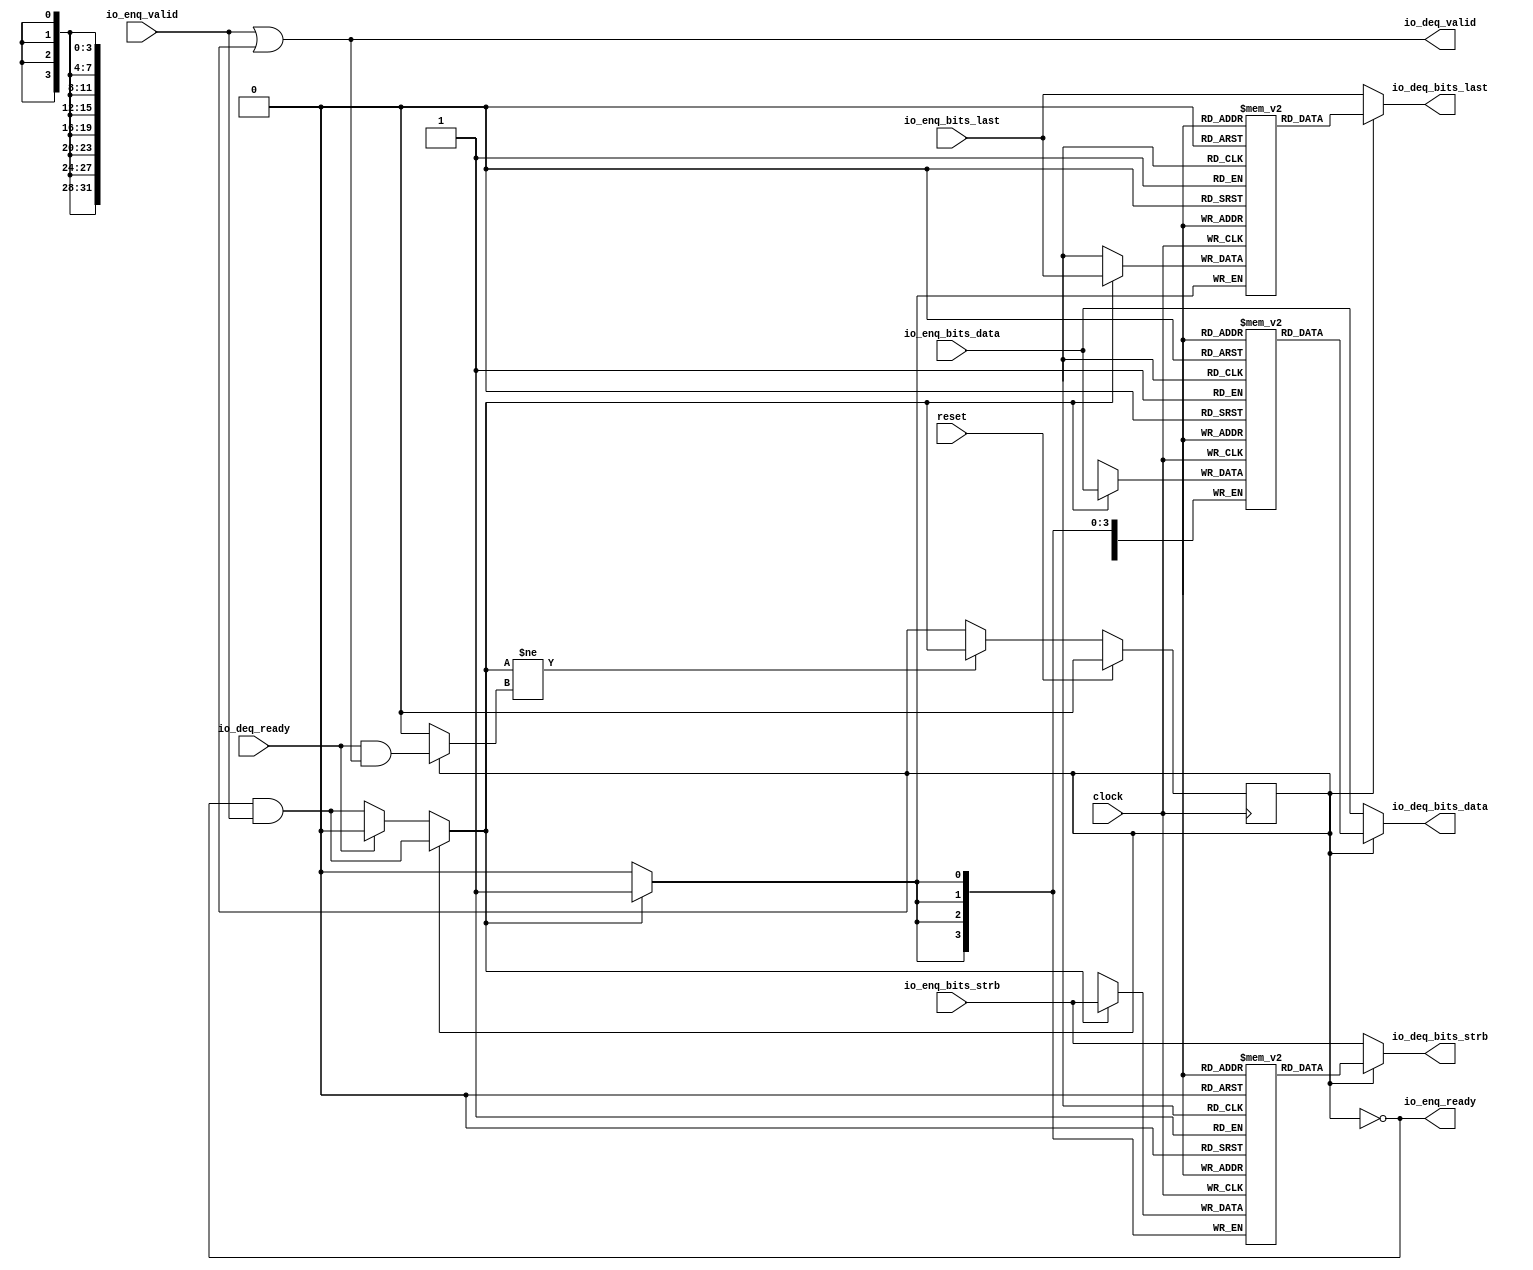
module Queue_10( // @[:freechips.rocketchip.system.DefaultRV32Config.fir@26648.2]
  input         clock, // @[:freechips.rocketchip.system.DefaultRV32Config.fir@26649.4]
  input         reset, // @[:freechips.rocketchip.system.DefaultRV32Config.fir@26650.4]
  output        io_enq_ready, // @[:freechips.rocketchip.system.DefaultRV32Config.fir@26651.4]
  input         io_enq_valid, // @[:freechips.rocketchip.system.DefaultRV32Config.fir@26651.4]
  input  [31:0] io_enq_bits_data, // @[:freechips.rocketchip.system.DefaultRV32Config.fir@26651.4]
  input  [3:0]  io_enq_bits_strb, // @[:freechips.rocketchip.system.DefaultRV32Config.fir@26651.4]
  input         io_enq_bits_last, // @[:freechips.rocketchip.system.DefaultRV32Config.fir@26651.4]
  input         io_deq_ready, // @[:freechips.rocketchip.system.DefaultRV32Config.fir@26651.4]
  output        io_deq_valid, // @[:freechips.rocketchip.system.DefaultRV32Config.fir@26651.4]
  output [31:0] io_deq_bits_data, // @[:freechips.rocketchip.system.DefaultRV32Config.fir@26651.4]
  output [3:0]  io_deq_bits_strb, // @[:freechips.rocketchip.system.DefaultRV32Config.fir@26651.4]
  output        io_deq_bits_last // @[:freechips.rocketchip.system.DefaultRV32Config.fir@26651.4]
);
`ifdef RANDOMIZE_MEM_INIT
  reg [31:0] _RAND_0;
  reg [31:0] _RAND_1;
  reg [31:0] _RAND_2;
`endif // RANDOMIZE_MEM_INIT
`ifdef RANDOMIZE_REG_INIT
  reg [31:0] _RAND_3;
`endif // RANDOMIZE_REG_INIT
  reg [31:0] ram_data [0:0]; // @[Decoupled.scala 209:16:freechips.rocketchip.system.DefaultRV32Config.fir@26653.4]
  wire [31:0] ram_data__T_7_data; // @[Decoupled.scala 209:16:freechips.rocketchip.system.DefaultRV32Config.fir@26653.4]
  wire  ram_data__T_7_addr; // @[Decoupled.scala 209:16:freechips.rocketchip.system.DefaultRV32Config.fir@26653.4]
  wire [31:0] ram_data__T_3_data; // @[Decoupled.scala 209:16:freechips.rocketchip.system.DefaultRV32Config.fir@26653.4]
  wire  ram_data__T_3_addr; // @[Decoupled.scala 209:16:freechips.rocketchip.system.DefaultRV32Config.fir@26653.4]
  wire  ram_data__T_3_mask; // @[Decoupled.scala 209:16:freechips.rocketchip.system.DefaultRV32Config.fir@26653.4]
  wire  ram_data__T_3_en; // @[Decoupled.scala 209:16:freechips.rocketchip.system.DefaultRV32Config.fir@26653.4]
  reg [3:0] ram_strb [0:0]; // @[Decoupled.scala 209:16:freechips.rocketchip.system.DefaultRV32Config.fir@26653.4]
  wire [3:0] ram_strb__T_7_data; // @[Decoupled.scala 209:16:freechips.rocketchip.system.DefaultRV32Config.fir@26653.4]
  wire  ram_strb__T_7_addr; // @[Decoupled.scala 209:16:freechips.rocketchip.system.DefaultRV32Config.fir@26653.4]
  wire [3:0] ram_strb__T_3_data; // @[Decoupled.scala 209:16:freechips.rocketchip.system.DefaultRV32Config.fir@26653.4]
  wire  ram_strb__T_3_addr; // @[Decoupled.scala 209:16:freechips.rocketchip.system.DefaultRV32Config.fir@26653.4]
  wire  ram_strb__T_3_mask; // @[Decoupled.scala 209:16:freechips.rocketchip.system.DefaultRV32Config.fir@26653.4]
  wire  ram_strb__T_3_en; // @[Decoupled.scala 209:16:freechips.rocketchip.system.DefaultRV32Config.fir@26653.4]
  reg  ram_last [0:0]; // @[Decoupled.scala 209:16:freechips.rocketchip.system.DefaultRV32Config.fir@26653.4]
  wire  ram_last__T_7_data; // @[Decoupled.scala 209:16:freechips.rocketchip.system.DefaultRV32Config.fir@26653.4]
  wire  ram_last__T_7_addr; // @[Decoupled.scala 209:16:freechips.rocketchip.system.DefaultRV32Config.fir@26653.4]
  wire  ram_last__T_3_data; // @[Decoupled.scala 209:16:freechips.rocketchip.system.DefaultRV32Config.fir@26653.4]
  wire  ram_last__T_3_addr; // @[Decoupled.scala 209:16:freechips.rocketchip.system.DefaultRV32Config.fir@26653.4]
  wire  ram_last__T_3_mask; // @[Decoupled.scala 209:16:freechips.rocketchip.system.DefaultRV32Config.fir@26653.4]
  wire  ram_last__T_3_en; // @[Decoupled.scala 209:16:freechips.rocketchip.system.DefaultRV32Config.fir@26653.4]
  reg  maybe_full; // @[Decoupled.scala 212:27:freechips.rocketchip.system.DefaultRV32Config.fir@26654.4]
  wire  empty; // @[Decoupled.scala 215:28:freechips.rocketchip.system.DefaultRV32Config.fir@26656.4]
  wire  _T_1; // @[Decoupled.scala 40:37:freechips.rocketchip.system.DefaultRV32Config.fir@26659.4]
  wire  _T_2; // @[Decoupled.scala 40:37:freechips.rocketchip.system.DefaultRV32Config.fir@26662.4]
  wire  _GEN_9; // @[Decoupled.scala 240:27:freechips.rocketchip.system.DefaultRV32Config.fir@26693.6]
  wire  do_enq; // @[Decoupled.scala 237:18:freechips.rocketchip.system.DefaultRV32Config.fir@26688.4]
  wire  do_deq; // @[Decoupled.scala 237:18:freechips.rocketchip.system.DefaultRV32Config.fir@26688.4]
  wire  _T_4; // @[Decoupled.scala 227:16:freechips.rocketchip.system.DefaultRV32Config.fir@26673.4]
  wire  _T_5; // @[Decoupled.scala 231:19:freechips.rocketchip.system.DefaultRV32Config.fir@26677.4]
  assign ram_data__T_7_addr = 1'h0;
  assign ram_data__T_7_data = ram_data[ram_data__T_7_addr]; // @[Decoupled.scala 209:16:freechips.rocketchip.system.DefaultRV32Config.fir@26653.4]
  assign ram_data__T_3_data = io_enq_bits_data;
  assign ram_data__T_3_addr = 1'h0;
  assign ram_data__T_3_mask = 1'h1;
  assign ram_data__T_3_en = empty ? _GEN_9 : _T_1;
  assign ram_strb__T_7_addr = 1'h0;
  assign ram_strb__T_7_data = ram_strb[ram_strb__T_7_addr]; // @[Decoupled.scala 209:16:freechips.rocketchip.system.DefaultRV32Config.fir@26653.4]
  assign ram_strb__T_3_data = io_enq_bits_strb;
  assign ram_strb__T_3_addr = 1'h0;
  assign ram_strb__T_3_mask = 1'h1;
  assign ram_strb__T_3_en = empty ? _GEN_9 : _T_1;
  assign ram_last__T_7_addr = 1'h0;
  assign ram_last__T_7_data = ram_last[ram_last__T_7_addr]; // @[Decoupled.scala 209:16:freechips.rocketchip.system.DefaultRV32Config.fir@26653.4]
  assign ram_last__T_3_data = io_enq_bits_last;
  assign ram_last__T_3_addr = 1'h0;
  assign ram_last__T_3_mask = 1'h1;
  assign ram_last__T_3_en = empty ? _GEN_9 : _T_1;
  assign empty = ~maybe_full; // @[Decoupled.scala 215:28:freechips.rocketchip.system.DefaultRV32Config.fir@26656.4]
  assign _T_1 = io_enq_ready & io_enq_valid; // @[Decoupled.scala 40:37:freechips.rocketchip.system.DefaultRV32Config.fir@26659.4]
  assign _T_2 = io_deq_ready & io_deq_valid; // @[Decoupled.scala 40:37:freechips.rocketchip.system.DefaultRV32Config.fir@26662.4]
  assign _GEN_9 = io_deq_ready ? 1'h0 : _T_1; // @[Decoupled.scala 240:27:freechips.rocketchip.system.DefaultRV32Config.fir@26693.6]
  assign do_enq = empty ? _GEN_9 : _T_1; // @[Decoupled.scala 237:18:freechips.rocketchip.system.DefaultRV32Config.fir@26688.4]
  assign do_deq = empty ? 1'h0 : _T_2; // @[Decoupled.scala 237:18:freechips.rocketchip.system.DefaultRV32Config.fir@26688.4]
  assign _T_4 = do_enq != do_deq; // @[Decoupled.scala 227:16:freechips.rocketchip.system.DefaultRV32Config.fir@26673.4]
  assign _T_5 = ~empty; // @[Decoupled.scala 231:19:freechips.rocketchip.system.DefaultRV32Config.fir@26677.4]
  assign io_enq_ready = ~maybe_full; // @[Decoupled.scala 232:16:freechips.rocketchip.system.DefaultRV32Config.fir@26680.4]
  assign io_deq_valid = io_enq_valid | _T_5; // @[Decoupled.scala 231:16:freechips.rocketchip.system.DefaultRV32Config.fir@26678.4 Decoupled.scala 236:40:freechips.rocketchip.system.DefaultRV32Config.fir@26686.6]
  assign io_deq_bits_data = empty ? io_enq_bits_data : ram_data__T_7_data; // @[Decoupled.scala 233:15:freechips.rocketchip.system.DefaultRV32Config.fir@26684.4 Decoupled.scala 238:19:freechips.rocketchip.system.DefaultRV32Config.fir@26691.6]
  assign io_deq_bits_strb = empty ? io_enq_bits_strb : ram_strb__T_7_data; // @[Decoupled.scala 233:15:freechips.rocketchip.system.DefaultRV32Config.fir@26683.4 Decoupled.scala 238:19:freechips.rocketchip.system.DefaultRV32Config.fir@26690.6]
  assign io_deq_bits_last = empty ? io_enq_bits_last : ram_last__T_7_data; // @[Decoupled.scala 233:15:freechips.rocketchip.system.DefaultRV32Config.fir@26682.4 Decoupled.scala 238:19:freechips.rocketchip.system.DefaultRV32Config.fir@26689.6]
`ifdef RANDOMIZE_GARBAGE_ASSIGN
`define RANDOMIZE
`endif
`ifdef RANDOMIZE_INVALID_ASSIGN
`define RANDOMIZE
`endif
`ifdef RANDOMIZE_REG_INIT
`define RANDOMIZE
`endif
`ifdef RANDOMIZE_MEM_INIT
`define RANDOMIZE
`endif
`ifndef RANDOM
`define RANDOM $random
`endif
`ifdef RANDOMIZE_MEM_INIT
  integer initvar;
`endif
`ifndef SYNTHESIS
`ifdef FIRRTL_BEFORE_INITIAL
`FIRRTL_BEFORE_INITIAL
`endif
initial begin
  `ifdef RANDOMIZE
    `ifdef INIT_RANDOM
      `INIT_RANDOM
    `endif
    `ifndef VERILATOR
      `ifdef RANDOMIZE_DELAY
        #`RANDOMIZE_DELAY begin end
      `else
        #0.002 begin end
      `endif
    `endif
`ifdef RANDOMIZE_MEM_INIT
  _RAND_0 = {1{`RANDOM}};
  for (initvar = 0; initvar < 1; initvar = initvar+1)
    ram_data[initvar] = _RAND_0[31:0];
  _RAND_1 = {1{`RANDOM}};
  for (initvar = 0; initvar < 1; initvar = initvar+1)
    ram_strb[initvar] = _RAND_1[3:0];
  _RAND_2 = {1{`RANDOM}};
  for (initvar = 0; initvar < 1; initvar = initvar+1)
    ram_last[initvar] = _RAND_2[0:0];
`endif // RANDOMIZE_MEM_INIT
`ifdef RANDOMIZE_REG_INIT
  _RAND_3 = {1{`RANDOM}};
  maybe_full = _RAND_3[0:0];
`endif // RANDOMIZE_REG_INIT
  `endif // RANDOMIZE
end // initial
`ifdef FIRRTL_AFTER_INITIAL
`FIRRTL_AFTER_INITIAL
`endif
`endif // SYNTHESIS
  always @(posedge clock) begin
    if(ram_data__T_3_en & ram_data__T_3_mask) begin
      ram_data[ram_data__T_3_addr] <= ram_data__T_3_data; // @[Decoupled.scala 209:16:freechips.rocketchip.system.DefaultRV32Config.fir@26653.4]
    end
    if(ram_strb__T_3_en & ram_strb__T_3_mask) begin
      ram_strb[ram_strb__T_3_addr] <= ram_strb__T_3_data; // @[Decoupled.scala 209:16:freechips.rocketchip.system.DefaultRV32Config.fir@26653.4]
    end
    if(ram_last__T_3_en & ram_last__T_3_mask) begin
      ram_last[ram_last__T_3_addr] <= ram_last__T_3_data; // @[Decoupled.scala 209:16:freechips.rocketchip.system.DefaultRV32Config.fir@26653.4]
    end
    if (reset) begin
      maybe_full <= 1'h0;
    end else if (_T_4) begin
      if (empty) begin
        if (io_deq_ready) begin
          maybe_full <= 1'h0;
        end else begin
          maybe_full <= _T_1;
        end
      end else begin
        maybe_full <= _T_1;
      end
    end
  end
endmodule